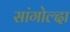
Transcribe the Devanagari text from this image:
सांगोल्दा